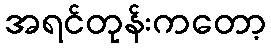
အရင်တုန်းကတော့